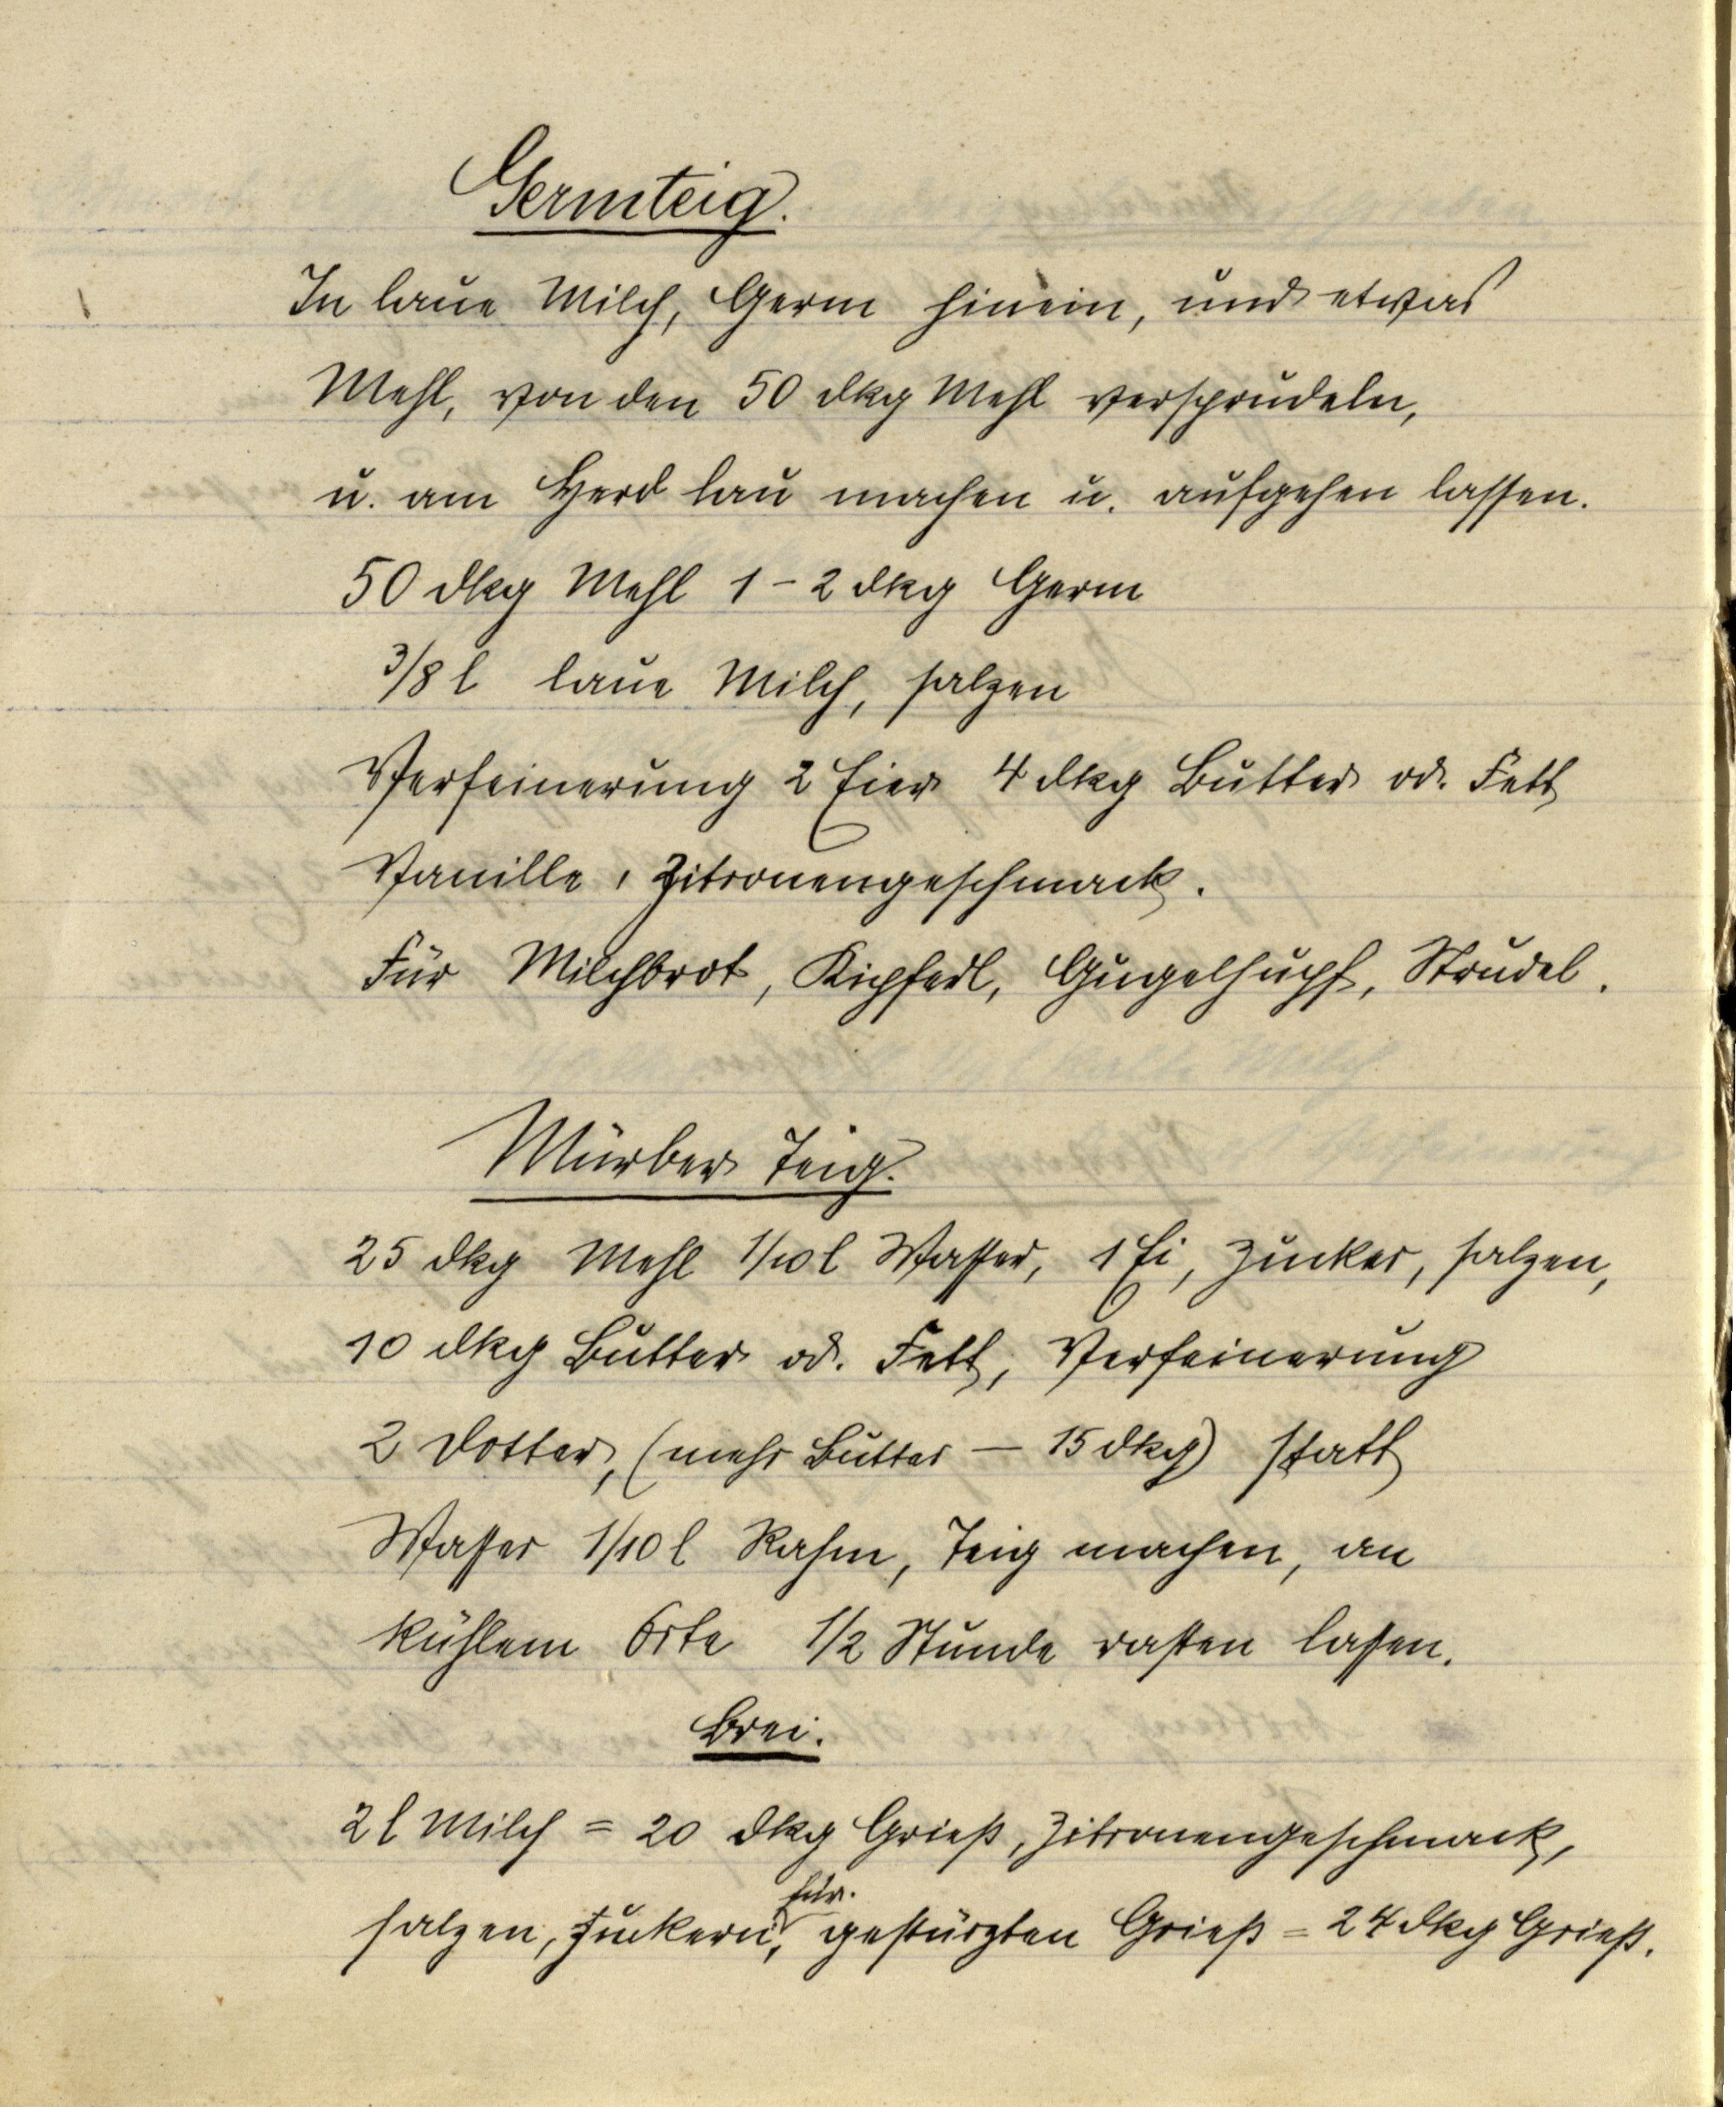
Germteig.
In laue Milch, Germ hinein, und etwas
Mehl, von den 50 dkg Mehl verschrudeln,
u. am Herd lau machen u. aufgehen lassen.
50 dkg Mehl 1-2 dkg Germ
⅜l laue Milch, salzen
Verfeinerung 2 Eier 4 dkg Butter od. Fett
Vanille, Zitronengeschmack.
Für Milchbrot, Kipferl, Gugelhupf, Strudel.

Mürber Teig.
25 dkg Mehl ⅒l Wasser, 1 Ei, Zucker, salzen,
10 dkg Butter od. Fett, Verfeinerung
2 Dotter, (mehr Butter — 15 dkg) statt
Wasser ⅒l Rahm, Teig machen, an
kühlem Orte ½ Stunde rasten lassen.
Brei.
2l Milch = 20 dkg Grieß, Zitronengeschmack,
salzen, zuckern, für gestürzten Grieß = 24 dkg Grieß.